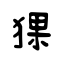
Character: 猓